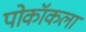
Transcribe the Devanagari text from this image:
पोकॉकला